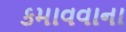
કમાવવાના